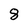
Character: 8